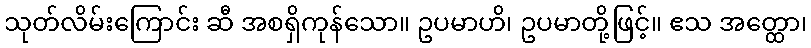
သုတ်လိမ်းကြောင်း ဆီ အစရှိကုန်သော။ ဥပမာဟိ၊ ဥပမာတို့ဖြင့်။ ဧသ အတ္ထော၊